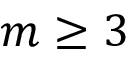
m \geq 3